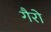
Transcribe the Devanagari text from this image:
गैरो